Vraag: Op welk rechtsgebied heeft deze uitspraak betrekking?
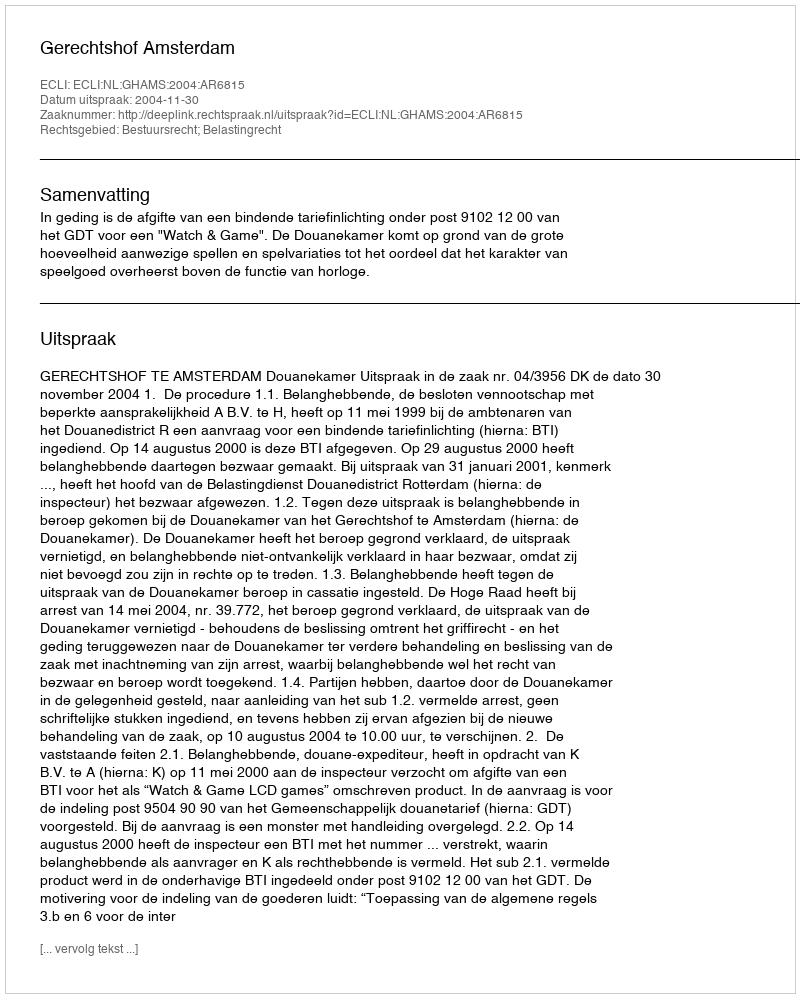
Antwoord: Bestuursrecht; Belastingrecht